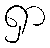
ရှာ